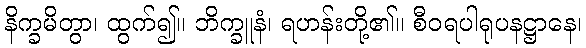
နိက္ခမိတွာ၊ ထွက်၍။ ဘိက္ခူနံ၊ ရဟန်းတို့၏။ စီဝရပါရုပနဋ္ဌာနေ၊